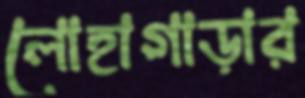
লোহাগাড়ার